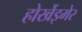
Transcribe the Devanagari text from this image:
होर्खेइमेर